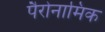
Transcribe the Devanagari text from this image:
पैरोनामिक